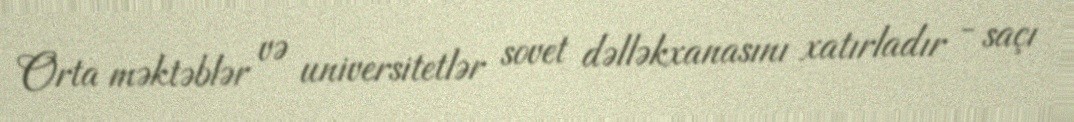
Orta məktəblər və universitetlər sovet dəlləkxanasını xatırladır - saçı